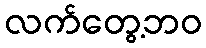
လက်တွေ့ဘဝ